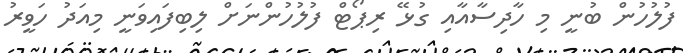
ފުލުހުން ބުނީ މި ހާދިސާއާއި ގުޅޭ ރިޕޯޓް ފުލުހުންނަށް ލިބިފައިވަނީ މިއަދު ހަވީރު